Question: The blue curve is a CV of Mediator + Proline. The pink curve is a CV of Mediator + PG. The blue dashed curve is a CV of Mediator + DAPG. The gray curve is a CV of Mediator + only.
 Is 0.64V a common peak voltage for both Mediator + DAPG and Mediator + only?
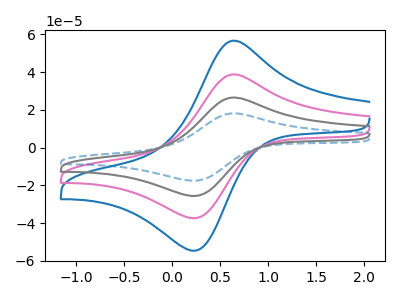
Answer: <think>The blue curve "Mediator + Proline" has an anodic peak at (0.65V, 56.70uA) and a cathodic peak at (0.25V, -54.60uA). The pink curve "Mediator + PG" has an anodic peak at (0.65V, 38.80uA) and a cathodic peak at (0.25V, -37.40uA). The blue dashed curve "Mediator + DAPG" has an anodic peak at (0.65V, 116.40uA) and a cathodic peak at (0.25V, -112.20uA). The gray curve "Mediator + only" has an anodic peak at (0.65V, 77.60uA) and a cathodic peak at (0.25V, -74.80uA).</think>
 <answer>Yes, "Mediator + DAPG" and "Mediator + only" share a peak at 0.64V.</answer>
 <eval>match</eval>